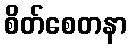
စိတ်စေတနာ